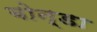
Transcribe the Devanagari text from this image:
बोन्डा